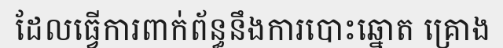
ដែលធ្វើការពាក់ព័ន្ធនឹងការបោះឆ្នោត គ្រោង